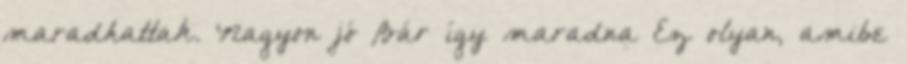
maradhattak. Nagyon jó Bár így maradna Ez olyan, amibe